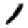
Digit: 1